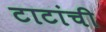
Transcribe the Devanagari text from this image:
टाटांची